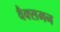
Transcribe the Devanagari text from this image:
वैक्समन